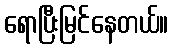
ရောပြီးမြင်နေတယ်။